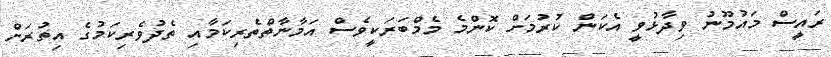
ރައީސް މައުމޫނު ވިދާޅުވީ އެކަން ކުރުމަށް ކޮންމެ މެމްބަރަކީވެސް އަމާނާތްތެރިކަމާއި ތެދުވެރިކަމުގެ އިތުރަށް